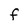
Character: f